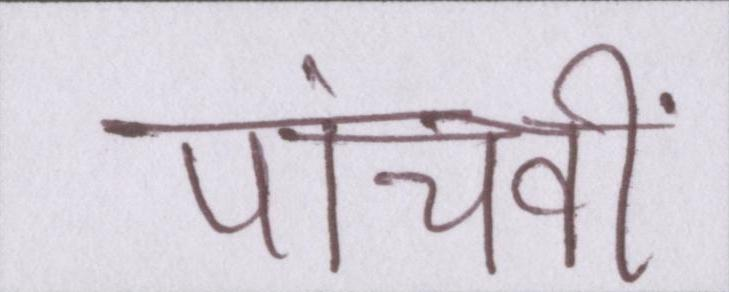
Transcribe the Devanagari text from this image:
पांचवीं